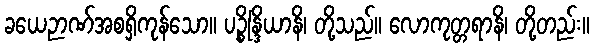
ခယေဉာဏ်အစရှိကုန်သော။ ပဉ္စိန္ဒြိယာနိ၊ တို့သည်။ လောကုတ္တရာနိ၊ တို့တည်း။